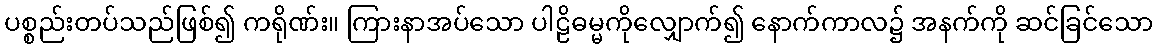
ပစ္စည်းတပ်သည်ဖြစ်၍ ကရိုဏ်း။ ကြားနာအပ်သော ပါဠိဓမ္မကိုလျှောက်၍ နောက်ကာလ၌ အနက်ကို ဆင်ခြင်သော